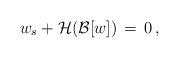
LaTeX: \begin{align*}w_s + {\mathcal H}( {\mathcal B}[w]) \,=\,0\,,\end{align*}